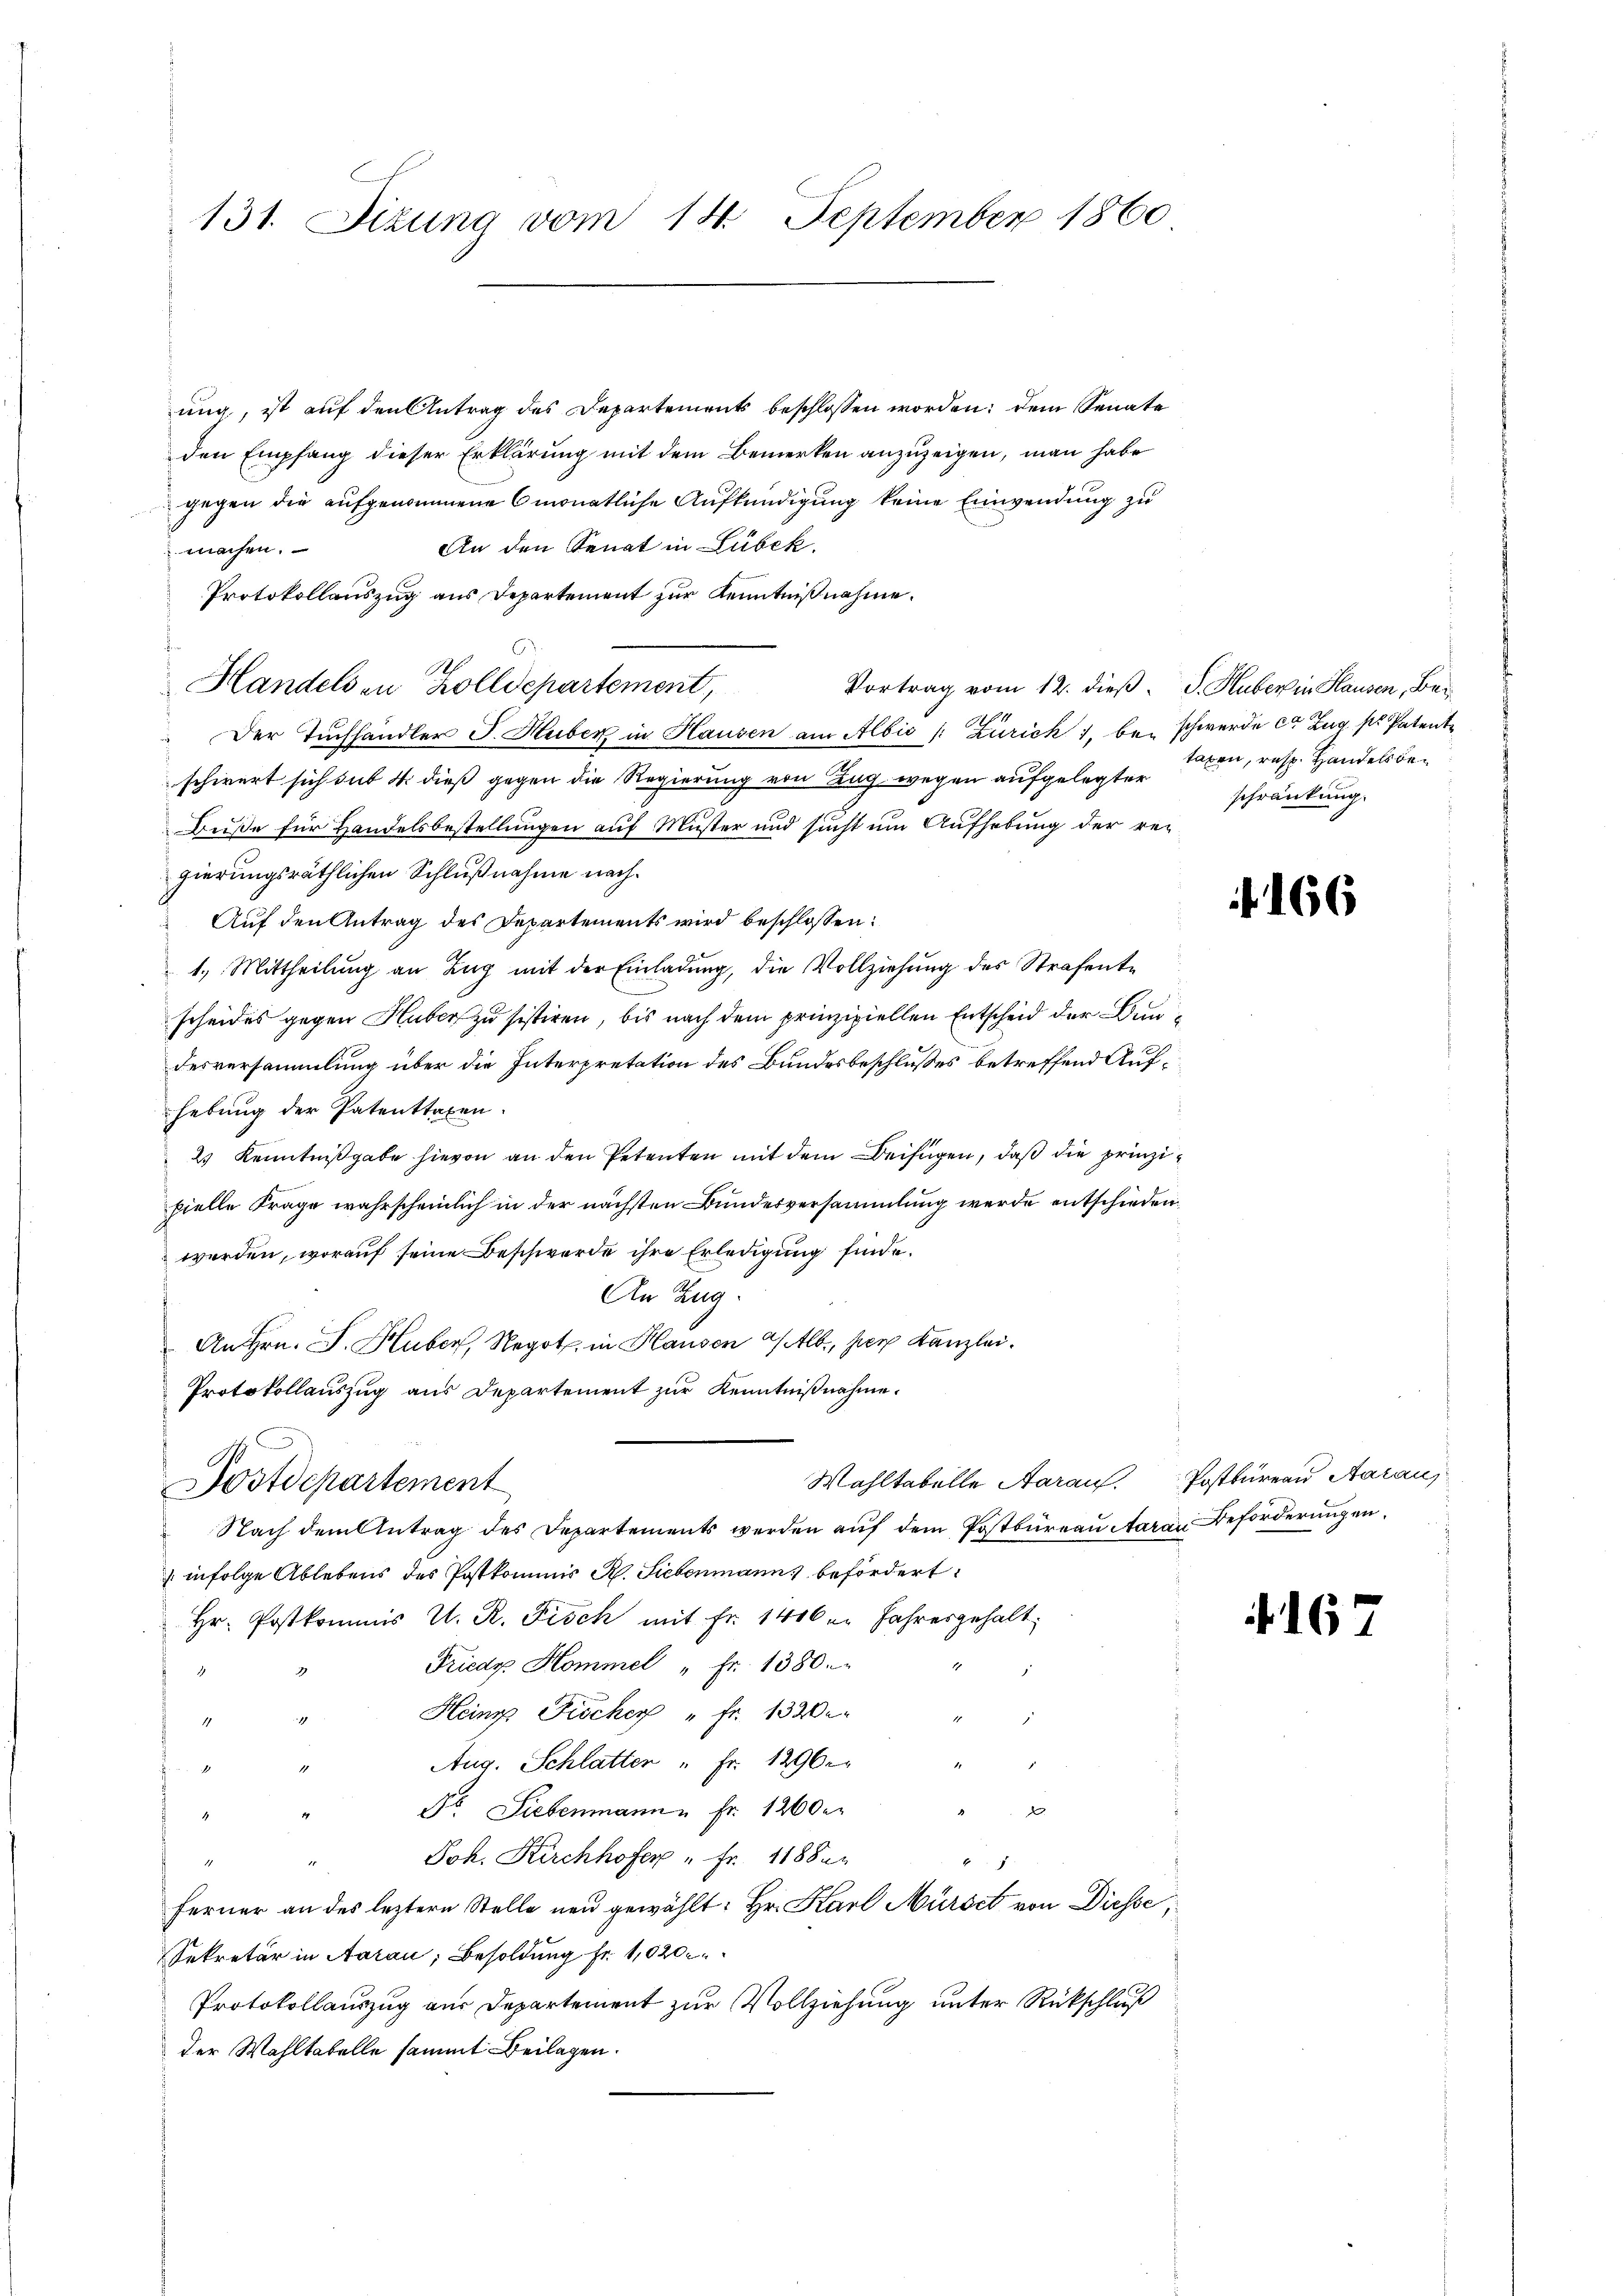
131. Sizung vom 14. September 1860

ung, ist auf den Antrag des Departements beschlossen worden: dem Senate
den Empfang dieser Erklärung mit dem Bemerken anzuzeigen, man habe
gegen die aufgenommene monatliche Aufkündigung keine Einwendung zu
An den Senat in Lubek.
machen.
Protokollauszug aus Departement zur Kenntnißnahme.
Handels in Zolldepartement,
Der Tuchhändler J. Huber in Hausen am Albis /: Zürich 1, bei schwerde ce Zug ss Patente
schwert sich sub 4. dieß gegen die Regierung von Zug wegen aufgelegter
Buße für Handelsbestellungen auf Muster und sucht um Aufhebung der reigierungsräthlichen Schlußnahme nach¬
Auf den Antrag des Departements wird beschlossen:
1.) Mittheilung an Zug mit der Einladung, die Vollziehung des Strafente
scheides gegen Huber zu sistiren, bis nach dem prinzipiellen Entscheid der Bundesversammlung über die Interpretation des Bundesbeschlußes betreffend Aufhebung der Patenttaxen.
2) Kenntnißgabe hievon an den Petenten mit dem Beifügen, daß die prinzipielle Frage wahrscheinlich in der nächsten Bundesversammlung werde entschieden.
werden, worauf seine Beschwerde ihre Erledigung finde.
An Zug.
An Hrn. F. Huber, Negot in Hausen Alb., der Kanzlei¬
Protokollauszug aus Departement zur Kenntnißnahme.
Wahltabelle Aaraus Postbüreau, Aaraus
Postdepartement
Nach dem Antrag des Departements werden aŭf dem Postbüreau Aarau Beförderungen
 infolge Ablebens des Postkommis R. Siebenmann befördert:
Hr. Postkommis U. R. Fisch mit Fr. 1406 u. Jahresgehalt
Friedy Kommel " Fr. 1380.
.
1
3
Heinz Fischer " Fr. 132.
2
17
1
Aug. Schlatter " Fr. 1296.
.
1

.
Fo. Siebenmann u Fr. 1200 e
Joh. Kirchhofer " Fr. 1188.
d
2
Ferner an des leztern Stelle neu gewählt: Hr. Karl Mürbet von Diesse,
Sekretär in Aarau, Besoldung Fr. 1020
Protokollauszug aus Departement zur Vollziehung unter Rückschluß
der Wahltabelle sammt Beilagen.

Vortrag vom 12. dieß. S. Huber in Hausen, Betaxen, resp. Handelsbeschränkung.

166

4167